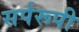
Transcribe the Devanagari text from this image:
सर्परूपी